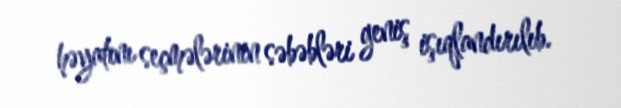
həyatını seçmələrinin səbəbləri geniş işıqlandırılıb.